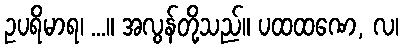
ဥပရိမာရ၊ ...။ အလွန်တို့သည်။ ပထထဏေ, လ၊